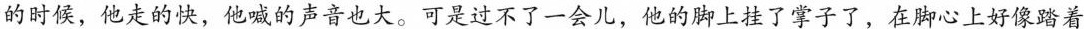
的时候，他走的快，喊的声音也大。可是过不了一会，他的脚上挂了掌子了，在脚心上好像踏着